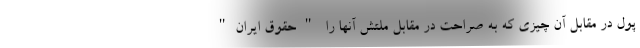
پول در مقابل آن چیزی که به صراحت در مقابل ملتش آنها را "حقوق ایران"